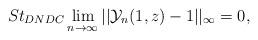
LaTeX: \begin{align*} St_{DNDC}\lim_{n\rightarrow \infty}||\mathcal{Y}_{n}(1,z)-1||_{\infty}=0, \end{align*}